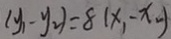
( y _ { 1 } - y _ { 2 } ) = 8 ( x _ { 1 } - x _ { 2 } )